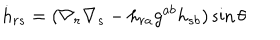
LaTeX: { \dot { h } } _ { r s } = ( \nabla _ { r } \nabla _ { s } - h _ { r a } g ^ { a b } h _ { s b } ) \sin \theta